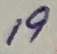
Text: 19